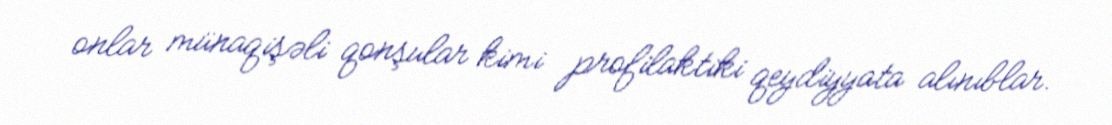
onlar münaqişəli qonşular kimi profilaktiki qeydiyyata alınıblar.